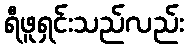
ရီဖူရှင်းသည်လည်း